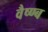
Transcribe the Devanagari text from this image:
वैष्ण्ब